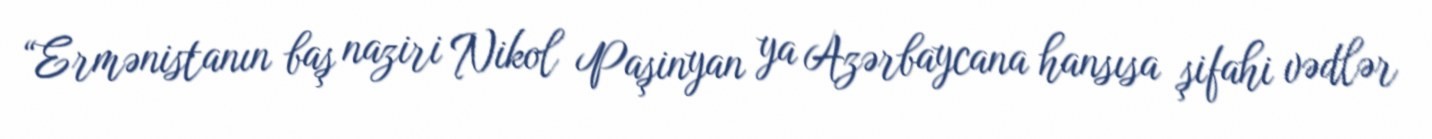
“Ermənistanın baş naziri Nikol Paşinyan ya Azərbaycana hansısa şifahi vədlər